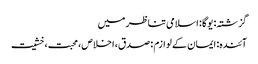
گزشتہ: یوگا : اسلامی تناظر میں
آئندہ: ایمان کے لوازم : صدق، اخلاص، محبت، خشیت